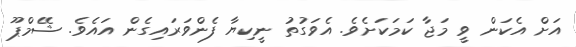
އަށް އެކަން ވީ މަޖާ ކަމަކަށެވެ. އެވަގުތު ނީކިޔާ ފެންވަރައިގެން އައެވެ. ޝޭމްޕޫ